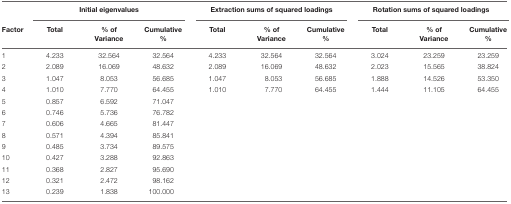
|  | <COLSPAN=3> Initial eigenvalues | <COLSPAN=3> Extraction sums of squared loadings | <COLSPAN=3> Rotation sums of squared loadings |
 | Factor | Total | % of Variance | Cumulative % | Total | % of Variance | Cumulative % | Total | % of Variance | Cumulative % |
 | --- | --- | --- | --- | --- | --- | --- | --- | --- | --- |
 | 1 | 4.233 | 32.564 | 32.564 | 4.233 | 32.564 | 32.564 | 3.024 | 23.259 | 23.259 |
 | 2 | 2.089 | 16.069 | 48.632 | 2.089 | 16.069 | 48.632 | 2.023 | 15.565 | 38.824 |
 | 3 | 1.047 | 8.053 | 56.685 | 1.047 | 8.053 | 56.685 | 1.888 | 14.526 | 53.350 |
 | 4 | 1.010 | 7.770 | 64.455 | 1.010 | 7.770 | 64.455 | 1.444 | 11.105 | 64.455 |
 | 5 | 0.857 | 6.592 | 71.047 |  |  |  |  |  |  |
 | 6 | 0.746 | 5.736 | 76.782 |  |  |  |  |  |  |
 | 7 | 0.606 | 4.665 | 81.447 |  |  |  |  |  |  |
 | 8 | 0.571 | 4.394 | 85.841 |  |  |  |  |  |  |
 | 9 | 0.485 | 3.734 | 89.575 |  |  |  |  |  |  |
 | 10 | 0.427 | 3.288 | 92.863 |  |  |  |  |  |  |
 | 11 | 0.368 | 2.827 | 95.690 |  |  |  |  |  |  |
 | 12 | 0.321 | 2.472 | 98.162 |  |  |  |  |  |  |
 | 13 | 0.239 | 1.838 | 100.000 |  |  |  |  |  |  |